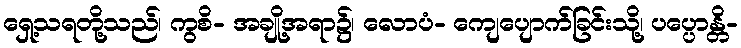
ရှေ့သရတို့သည်၊ ကွစိ- အချို့အရာ၌၊ လောပံ- ကျေပျောက်ခြင်းသို့၊ ပပ္ပောန္တိ-